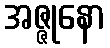
အဇ္ဇုနော